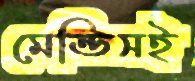
মেন্ডিসই